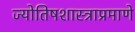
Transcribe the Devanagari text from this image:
ज्योतिषशास्त्राप्रमाणे